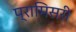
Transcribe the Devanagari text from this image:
प्रामिसरी